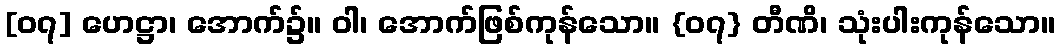
[၀၇] ဟေဋ္ဌာ၊ အောက်၌။ ဝါ၊ အောက်ဖြစ်ကုန်သော။ {၀၇} တီဏိ၊ သုံးပါးကုန်သော။